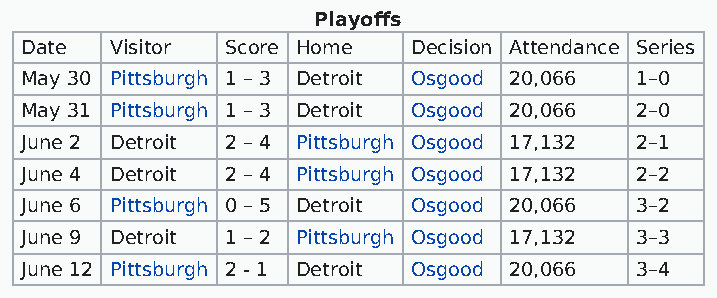
Playoffs
 Date  Visitor Score Home  Decision Attendance Series
 May 30 Pittsburgh 1 – 3 Detroit Osgood 20,066 1–0
 May 31 Pittsburgh 1 – 3 Detroit Osgood 20,066 2–0
 June 2 Detroit 2 – 4 Pittsburgh Osgood 17,132 2–1
 June 4 Detroit 2 – 4 Pittsburgh Osgood 17,132 2–2
 June 6 Pittsburgh 0 – 5 Detroit Osgood 20,066 3–2
 June 9 Detroit 1 – 2 Pittsburgh Osgood 17,132 3–3
 June 12 Pittsburgh 2 - 1 Detroit Osgood 20,066 3–4